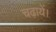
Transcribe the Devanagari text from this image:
चढ़ायें।